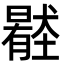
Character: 𡒦